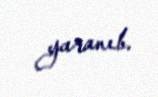
yaranıb.